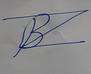
Signature authenticity: forged